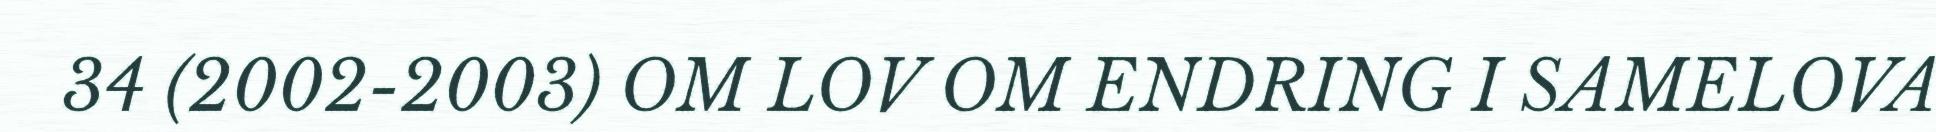
34 (2002-2003) OM LOV OM ENDRING I SAMELOVA